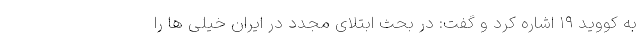
به کووید ۱۹ اشاره کرد و گفت: در بحث ابتلای مجدد در ایران خیلی ها را